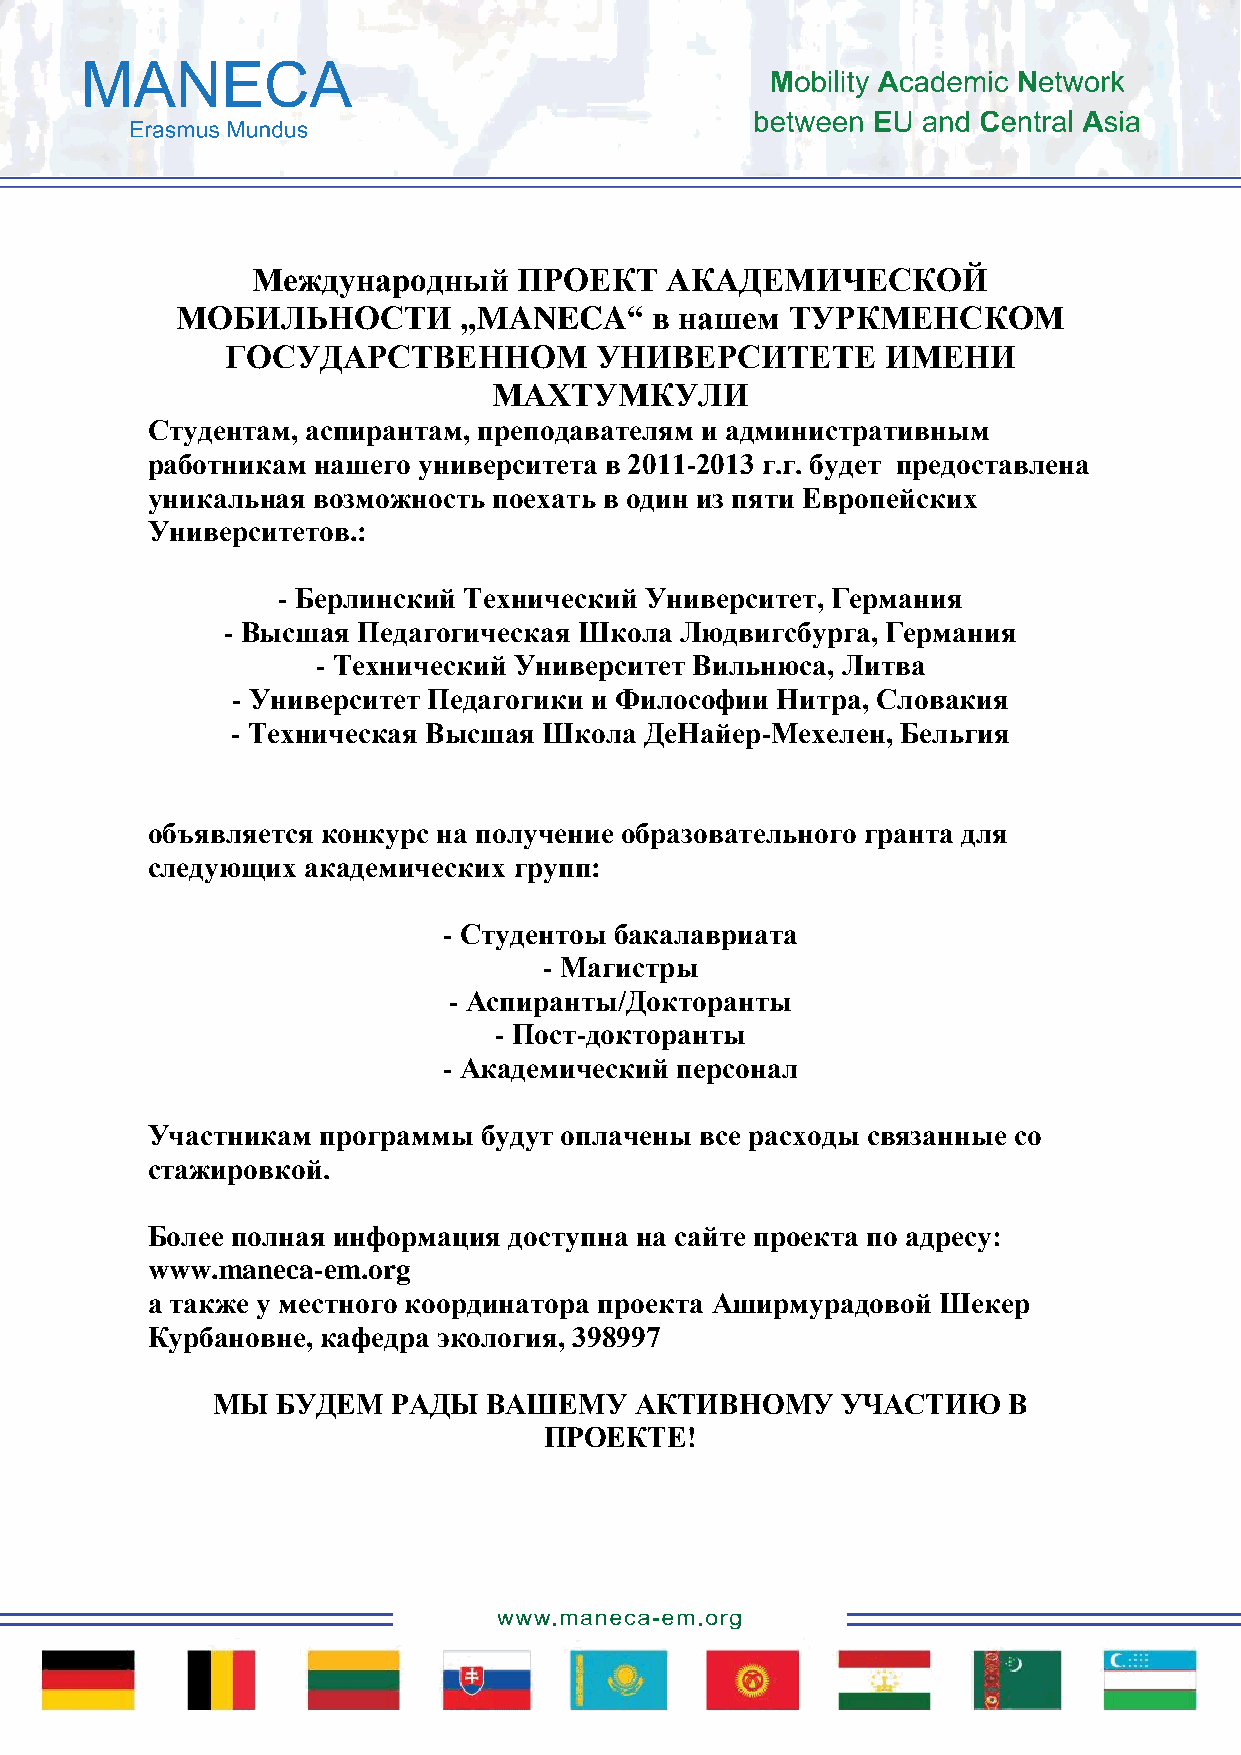
Международный    ПРОЕКТ    АКАДЕМИЧЕСКОЙ
 МОБИЛЬНОСТИ       „MANECA“     в нашем  ТУРКМЕНСКОМ
 ГОСУДАРСТВЕННОМ         УНИВЕРСИТЕТЕ        ИМЕНИ
 МАХТУМКУЛИ
 Студентам, аспирантам, преподавателям и административным
 работникам нашего университета в 2011-2013 г.г. будет предоставлена
 уникальная возможность поехать в один из пяти Европейских
 Университетов.:
 - Берлинский Технический Университет, Германия
 - Высшая Педагогическая Школа Людвигсбурга, Германия
 - Технический Университет Вильнюса, Литва
 - Университет Педагогики и Философии Нитра, Словакия
 - Техническая Высшая Школа  ДеНайер-Мехелен, Бельгия
 объявляется конкурс на получение образовательного гранта для
 следующих академических групп:
 - Студентоы бакалавриата
 - Магистры
 - Аспиранты/Докторанты
 - Пост-докторанты
 - Академический персонал
 Участникам программы  будут оплачены все расходы связанные со
 стажировкой.
 Более полная информация доступна на сайте проекта по адресу:
 www.maneca-em.org
 а также у местного координатора проекта Аширмурадовой Шекер
 Курбановне, кафедра экология, 398997
 МЫ  БУДЕМ   РАДЫ  ВАШЕМУ    АКТИВНОМУ     УЧАСТИЮ    В
 ПРОЕКТЕ!